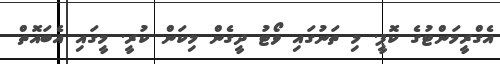
އެގްރީމަންޓުގެ ކޮޕީ. މި ތަނުގައި ވޯޓު ދީގެން މިކަން ކުރީ. މީގައި އެބައޮތް